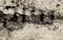
يجرح